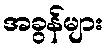
အခွန်များ